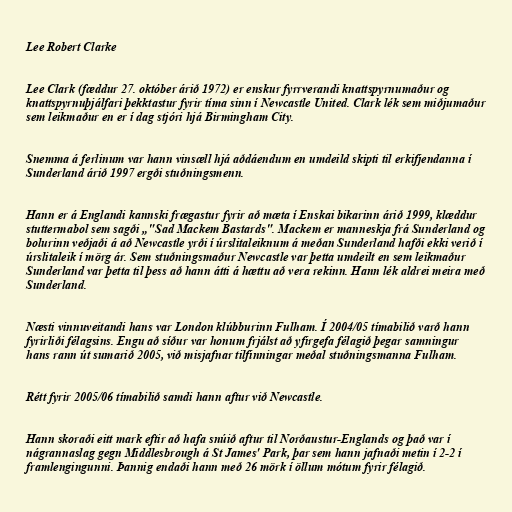
Lee Robert Clarke

Lee Clark (fæddur 27. október árið 1972) er enskur fyrrverandi knattspyrnumaður og
knattspyrnuþjálfari þekktastur fyrir tíma sinn í Newcastle United. Clark lék sem miðjumaður
sem leikmaður en er í dag stjóri hjá Birmingham City.

Snemma á ferlinum var hann vinsæll hjá aðdáendum en umdeild skipti til erkifjendanna í
Sunderland árið 1997 ergði stuðningsmenn.

Hann er á Englandi kannski frægastur fyrir að mæta í Enskai bikarinn árið 1999, klæddur
stuttermabol sem sagði „"Sad Mackem Bastards". Mackem er manneskja frá Sunderland og
bolurinn veðjaði á að Newcastle yrði í úrslitaleiknum á meðan Sunderland hafði ekki verið í
úrslitaleik í mörg ár. Sem stuðningsmaður Newcastle var þetta umdeilt en sem leikmaður
Sunderland var þetta til þess að hann átti á hættu að vera rekinn. Hann lék aldrei meira með
Sunderland.

Næsti vinnuveitandi hans var London klúbburinn Fulham. Í 2004/05 tímabilið varð hann
fyrirliði félagsins. Engu að síður var honum frjálst að yfirgefa félagið þegar samningur
hans rann út sumarið 2005, við misjafnar tilfinningar meðal stuðningsmanna Fulham.

Rétt fyrir 2005/06 tímabilið samdi hann aftur við Newcastle.

Hann skoraði eitt mark eftir að hafa snúið aftur til Norðaustur-Englands og það var í
nágrannaslag gegn Middlesbrough á St James' Park, þar sem hann jafnaði metin í 2-2 í
framlengingunni. Þannig endaði hann með 26 mörk í öllum mótum fyrir félagið.